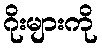
ဂိုးများကို